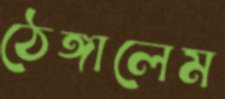
ঠেঙ্গালেম